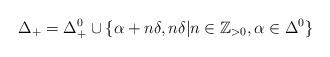
LaTeX: \begin{align*}\Delta_+ = \Delta_+^0 \cup \{ \alpha+n\delta, n\delta | n\in \mathbb Z_{>0}, \alpha \in \Delta^0\}\end{align*}